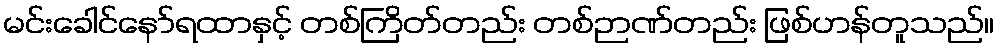
မင်းခေါင်နော်ရထာနှင့် တစ်ကြိတ်တည်း တစ်ဉာဏ်တည်း ဖြစ်ဟန်တူသည်။